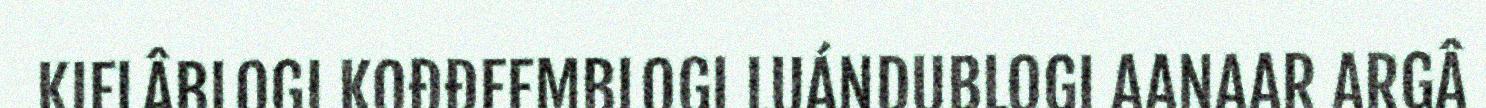
KIELÂBLOGI KOĐĐEEMBLOGI LUÁNDUBLOGI AANAAR ARGÂ